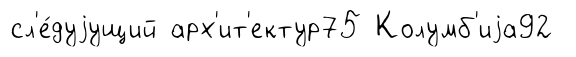
сл'е́дуjущий арх'ит'ектур75 Колумб'иjа92